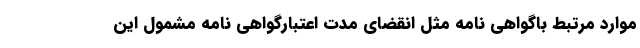
موارد مرتبط باگواهی نامه مثل انقضای مدت اعتبارگواهی نامه مشمول این